system: You are a helpful assistant.
user:
Analyze the provided spectrum to determine if it is a **M-type Giant (gM)**.

A M-type Giant spectrum is defined by its **strong molecular absorption** features, particularly from **Titanium Oxide (TiO)**. You must check for one of the following mutually exclusive signatures:

- **Key Visual Indicators (Absorption-Dominated Spectrum):**

    - **(Primary):** The spectrum is dominated by strong molecular absorption from **Titanium Oxide (TiO)**. This is the **defining feature** of its M-type temperature class.
        - **(Key Bandheads):** Look for sharp, "saw-tooth" absorption valleys. The strongest are located near **~7050 Å**, **~6160 Å**, and **~5170 Å**.
        - **(Line Profile):** The "saw-tooth" morphology is critical: a **sharp, steep drop on the BLUE (short-wavelength) side** of the bandhead, followed by a gradual recovery (rising flux) towards the RED (long-wavelength) side.

    - **(Key Confirmation - Giant vs. Dwarf):** **ABSENCE** of strong **Calcium Hydride (CaH)** molecular bands. This is the primary diagnostic for *excluding* M-dwarfs.
        - **(Key Region):** The spectrum should lack the strong, broad absorption band seen in dwarfs between **~6800 Å and ~7000 Å**.

    - **(Secondary Confirmation - Giant):** A very strong and broad **Neutral Calcium (Ca I)** atomic absorption line.
        - **(Key Line):** Located at **~4226 Å**. In a giant (gM), this line is significantly deeper and broader than the same line in an M-dwarf (dM) due to low surface gravity.

    - **(Overall Spectrum):**
        - The continuum is **extremely red-sloping** (i.e., flux is very low in the blue and rises dramatically towards the red).
        - The entire spectrum appears "chopped up" by the deep TiO bands.

Think first, call **spectral_visualization_tool** if needed to examine features in detail, then provide your final answer. Your response must adhere to the following strict rules:
1.  **Overall Structure:** Your response must follow the format `<think>...</think> <tool_call>...</tool_call> (if a tool is used) <answer>...</answer>`.
2.  **Tool Usage Constraint:** You may only make **one** tool call per turn.
3.  **Final Answer Format:** In the `<answer>` tag, your conclusion must be inside a `\boxed{}` command (e.g., `\boxed{YES}` or `\boxed{NO}`), followed by your justification.

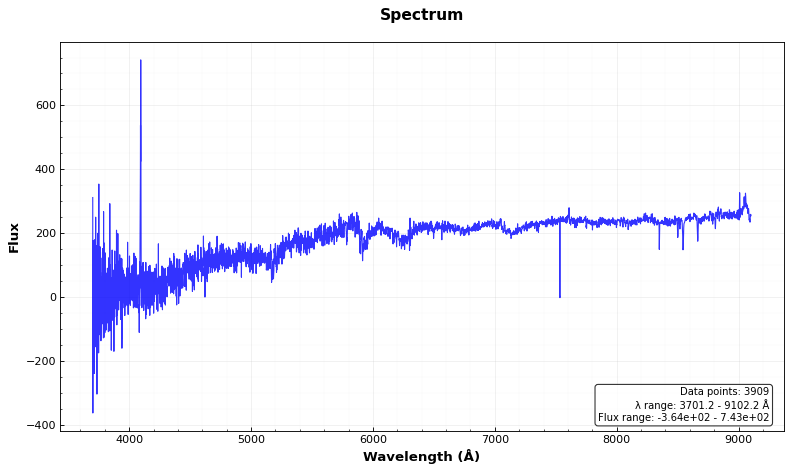
Answer: YES